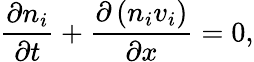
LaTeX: \frac{\partial{n_{i}}}{\partial t}+\frac{\partial\left(n_{i}v_{i}\right)}{\partial x}=0,